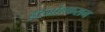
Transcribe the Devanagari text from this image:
हरजोल्फसन